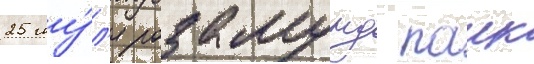
25 иу́л'я розамунд паик